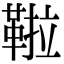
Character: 鞡